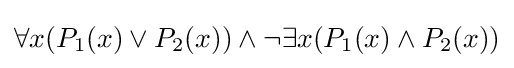
\forall x(P_{1}(x)\lor P_{2}(x))\land \lnot \exists x(P_{1}(x)\land P_{2}(x))